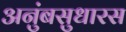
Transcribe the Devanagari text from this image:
अनुंबसुधारस